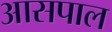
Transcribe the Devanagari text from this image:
आसपाल